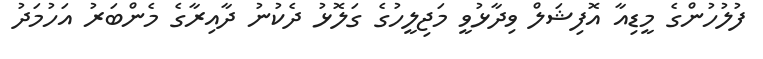
ފުލުހުންގެ މީޑިއާ އޮފިޝަލް ވިދާޅުވީ މަޖިލީހުގެ ގަލޮޅު ދެކުނު ދާއިރާގެ މެންބަރު އަހުމަދު